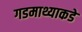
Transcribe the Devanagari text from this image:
गडमाथ्याकडे